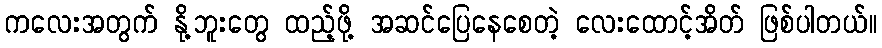
ကလေးအတွက် နို့ဘူးတွေ ထည့်ဖို့ အဆင်ပြေနေစေတဲ့ လေးထောင့်အိတ် ဖြစ်ပါတယ်။